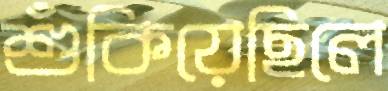
শুঁকিয়েছিলে